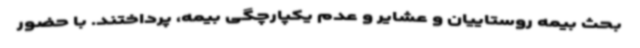
بحث بیمه روستاییان و عشایر و عدم یکپارچگی بیمه، پرداختند. با حضور